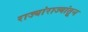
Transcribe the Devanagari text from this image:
राज्यांराज्यांतून